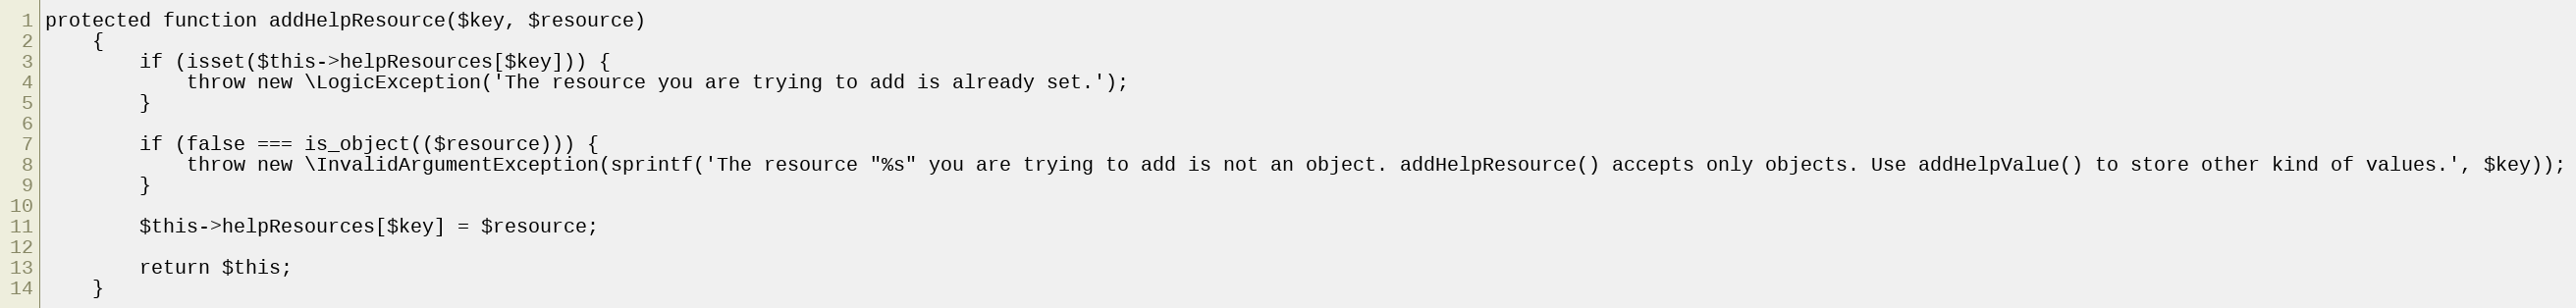
Language: PHP
protected function addHelpResource($key, $resource)
    {
        if (isset($this->helpResources[$key])) {
            throw new \LogicException('The resource you are trying to add is already set.');
        }

        if (false === is_object(($resource))) {
            throw new \InvalidArgumentException(sprintf('The resource "%s" you are trying to add is not an object. addHelpResource() accepts only objects. Use addHelpValue() to store other kind of values.', $key));
        }

        $this->helpResources[$key] = $resource;

        return $this;
    }